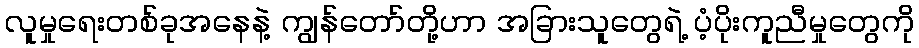
လူမှုရေးတစ်ခုအနေနဲ့ ကျွန်တော်တို့ဟာ အခြားသူတွေရဲ့ ပံ့ပိုးကူညီမှုတွေကို